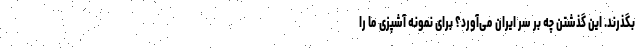
بگذرند. این گذشتن چه بر سر ایران می‌آورد؟ برای نمونه آشپزی ما را